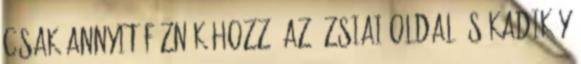
Csak annyit fűznék hozzá az ázsiai oldal és Kadiköy